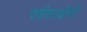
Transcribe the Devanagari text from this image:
पर्वतप्रक्षेपों